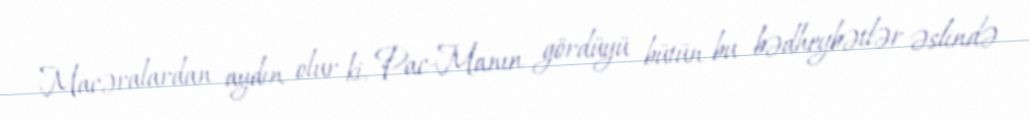
Macəralardan aydın olur ki, Pac-Manın gördüyü bütün bu bədheybətlər əslində